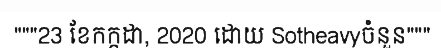
"""23 ខែកក្កដា, 2020 ដោយ Sotheavyចំនួន"""